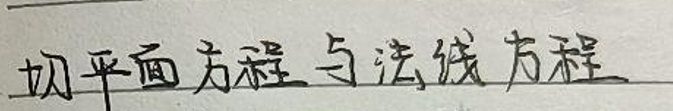
切平面方程与法线方程